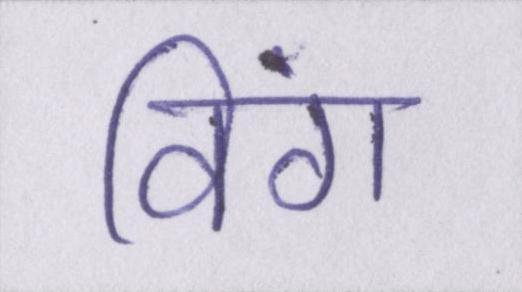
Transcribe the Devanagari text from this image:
विंग